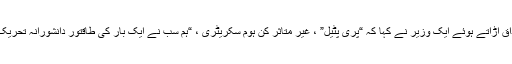
ایک وزیر کا مذاق اڑاتے ہوئے ایک وزیر نے کہا کہ “پری پٹیل” ، غیر متاثر کن ہوم سکریٹری ، “ہم سب نے ایک بار کی طاقتور دانشورانہ تحریک چھوڑ دی ہے۔